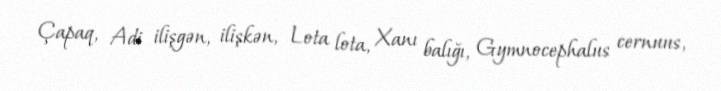
Çapaq, Adi ilişgən, ilişkən, Lota lota, Xanı balığı, Gymnocephalus cernuus,